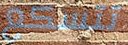
تتسكع